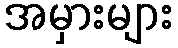
အမှားများ